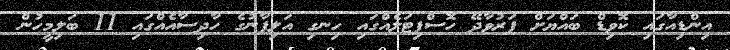
އިންޑިއާގައި ކޮވިޑް ބައްޔަށް ފަރުވާދޭ ހޮސްޕިޓަލެއްގައި ހިނގި އަލިފާނުގެ ހާދިސާއެއްގައި 11 ބަލިމީހުން